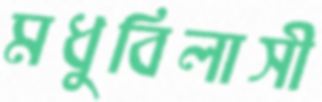
মধুবিলাসী